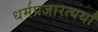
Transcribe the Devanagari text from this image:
धर्मप्रजारत्यर्थां